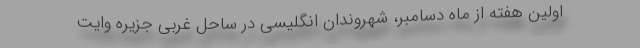
اولین هفته از ماه دسامبر، شهروندان انگلیسی در ساحل غربی جزیره وایت